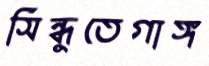
সিন্ধুতেগাঙ্গ